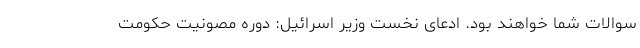
سوالات شما خواهند بود. ادعای نخست وزیر اسرائیل: دوره مصونیت حکومت